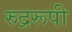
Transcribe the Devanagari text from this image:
रुद्ररूपी